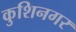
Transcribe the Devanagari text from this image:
कुशिनगर